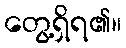
တွေ့ရှိရ၏။